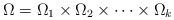
LaTeX: \begin{align*}\Omega=\Omega_1\times \Omega_2\times\cdots\times \Omega_k\end{align*}